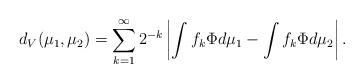
LaTeX: \begin{align*} d_V(\mu_1, \mu_2)=\sum_{k=1}^\infty 2^{-k}\left| \int f_k \Phi d\mu_1- \int f_k \Phi d\mu_2 \right|.\end{align*}